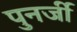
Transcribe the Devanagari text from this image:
पुनर्जी